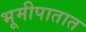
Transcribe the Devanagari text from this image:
भूमीपातात